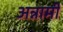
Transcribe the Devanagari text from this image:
अन्नामी